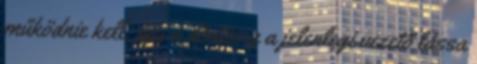
működnie kell, így a döntésig a jelenlegi vezető lássa